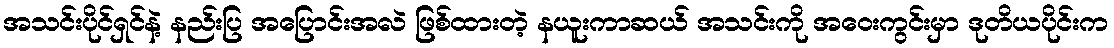
အသင်းပိုင်ရှင်နဲ့ နည်းပြ အပြောင်းအလဲ ဖြစ်ထားတဲ့ နယူးကာဆယ် အသင်းကို အဝေးကွင်းမှာ ဒုတိယပိုင်းက